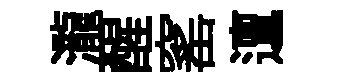
瀧醒窰邅